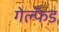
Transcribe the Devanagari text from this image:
गेल्फँड